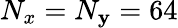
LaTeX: N_{x}=N_{\mathbf{y}}=64